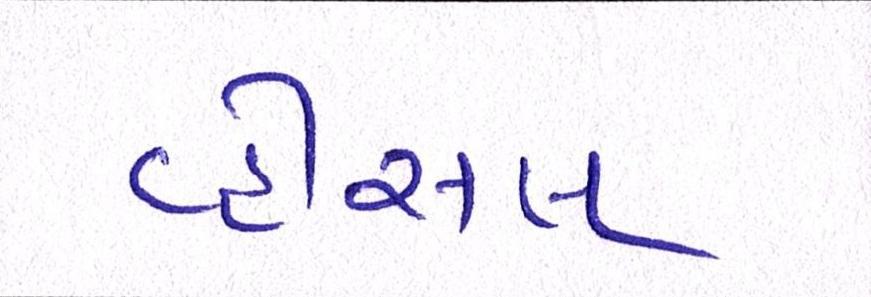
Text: વ્હીસલ